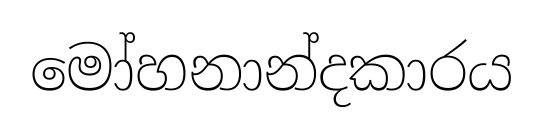
මෝහනාන්දකාරය